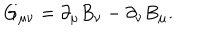
LaTeX: G _ { \mu \nu } = \partial _ { \mu } B _ { \nu } - \partial _ { \nu } B _ { \mu } .